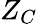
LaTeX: Z_{C}